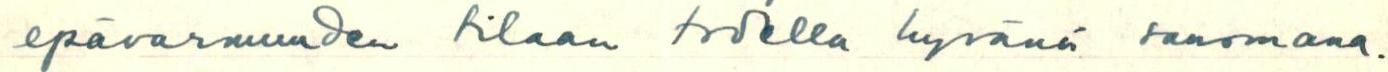
epävarmuuden tilaan todella hyvänä sanomana.